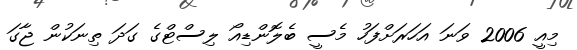
މިއީ 2006 ވަނަ އަހަރަށްފަހު މެސީ ބެލޮންޑިއޯ ލިސްޓްގެ ގަދަ ތިނަކުން ޖާގަ